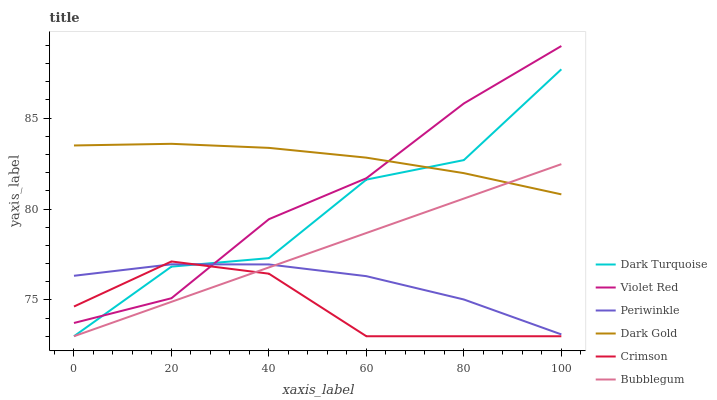
| xaxis_label | Dark Turquoise | Violet Red | Periwinkle | Dark Gold | Crimson | Bubblegum |
 | --- | --- | --- | --- | --- | --- | --- |
 | 0 | 73 | 73.7 | 76.3 | 83.5 | 74.6 | 73 |
 | 20 | 76.8 | 75.1 | 77 | 83.6 | 77.1 | 74.9 |
 | 40 | 77.3 | 79.4 | 77 | 83.4 | 76.4 | 76.8 |
 | 60 | 81.6 | 81.7 | 76.3 | 82.8 | 73 | 78.7 |
 | 80 | 82.7 | 85.8 | 75 | 82 | 73 | 80.6 |
 | 100 | 87.7 | 89 | 73.1 | 80.8 | 73 | 82.5 |